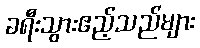
ခရီးသွားဧည့်သည်များ